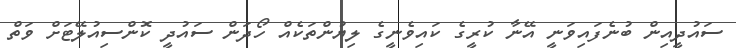
ސައުދީއިން ބުނެފައިވަނީ އޭނާ ކުރީގެ ކައިވެނީގެ ލިޔުންތަކެއް ހޯދަން ސައުދީ ކޮންސިއުލޭޓަށް ވަތް